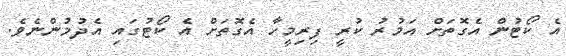
އެ ކޯޓުން އެގޮތަށް އަމުރު ކުރީ ފިރިމީހާ އެގޮތަށް އެ ކޯޓުގައި އެދުމުންނެވެ.